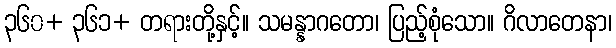
၃၆၀+ ၃၆၁+ တရားတို့နှင့်။ သမန္နာဂတော၊ ပြည့်စုံသော။ ဂိလာတေနာ၊